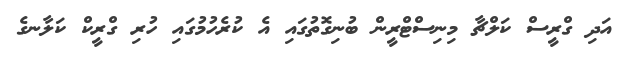
އަދި ގްރީސް ކަލްޗާ މިނިސްޓްރީން ބުނިގޮތުގައި އެ ކުރެހުމުގައި ހުރި ގްރީކް ކަލާނގެ